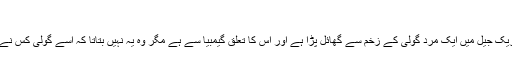
‘
ایک تاریک جیل میں ایک مرد گولی کے زخم سے گھائل پڑا ہے اور اس کا تعلق گیمبیا سے ہے مگر وہ یہ نہیں بتاتا کہ اسے گولی کس نے ماری۔